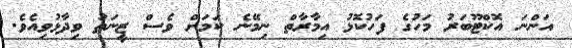
އަންނަ އޮކްޓޫބަރު މަހުގެ ފަހުކޮޅު އިމާރާތް ނިމޭނެ ކަމަށް ވެސް ޒީނަތު ވިދާޅުވިއެވެ.